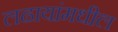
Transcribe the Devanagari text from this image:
लढायांमधील